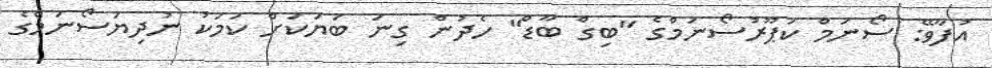
އުފާވޭ: ސޯނަމް ކަޕޫރުސޯނަމްގެ "ބިގް ބާޑް" ހެދުން ގިނަ ބަޔަކަށް ކަމަކު ނުދިޔަސޯނަމްގެ